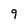
Character: 9